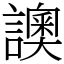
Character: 䜒